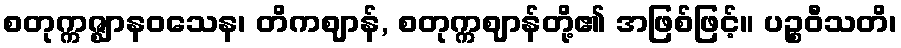
စတုက္ကဇ္ဈာနဝသေန၊ တိကဈာန်, စတုက္ကဈာန်တို့၏ အဖြစ်ဖြင့်။ ပဉ္စဝီသတိ၊